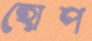
হোপ